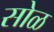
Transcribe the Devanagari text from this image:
सोळ